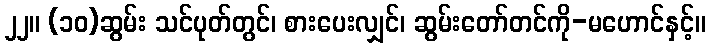
၂၂။ (၁၀)ဆွမ်း သင်ပုတ်တွင်၊ စားပေးလျှင်၊ ဆွမ်းတော်တင်ကို-မဟောင်နှင့်။